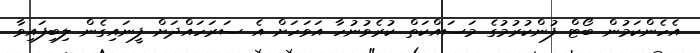
އެހެންކަމުން ބޯޓް ފުންކުރުމުގެ މަސައްކަތް ކުރެވުނުހާ އަވަހަށް އެ ސަރަހައްދަށް ފީނައިގެން ލިބިފައިވާ